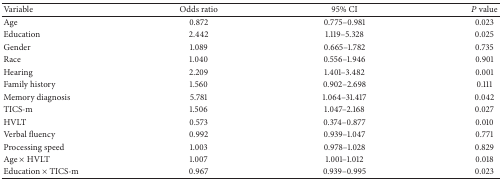
| Variable | Odds ratio | 95% CI | P value |
 | --- | --- | --- | --- |
 | Age | 0.872 | 0.775–0.981 | 0.023 |
 | Education | 2.442 | 1.119–5.328 | 0.025 |
 | Gender | 1.089 | 0.665–1.782 | 0.735 |
 | Race | 1.040 | 0.556–1.946 | 0.901 |
 | Hearing | 2.209 | 1.401–3.482 | 0.001 |
 | Family history | 1.560 | 0.902–2.698 | 0.111 |
 | Memory diagnosis | 5.781 | 1.064–31.417 | 0.042 |
 | TICS-m | 1.506 | 1.047–2.168 | 0.027 |
 | HVLT | 0.573 | 0.374–0.877 | 0.010 |
 | Verbal fluency | 0.992 | 0.939–1.047 | 0.771 |
 | Processing speed | 1.003 | 0.978–1.028 | 0.829 |
 | Age × HVLT | 1.007 | 1.001–1.012 | 0.018 |
 | Education × TICS-m | 0.967 | 0.939–0.995 | 0.023 |